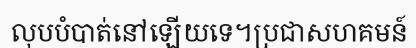
លុបបំបាត់នៅឡើយទេ។ប្រជាសហគមន៍